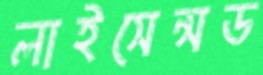
লাইসেন্সড